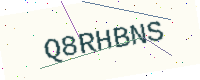
Text: Q8RHBNS